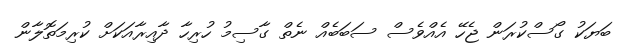
ބަޔަކު ގޯސްކުރަން ޖެހޭ އެއްވެސް ސަބަބެއް ނެތް ގާސިމު ހުރިހާ ދާއިރާއަކަށް ކުރިމަތޮލާން